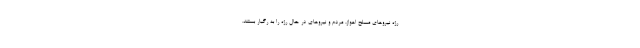
رژه نیروهای مسلح اهواز، مردم و نیروهای در حال رژه را به رگبار بستند.